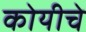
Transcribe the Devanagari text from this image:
कोयीचे